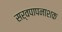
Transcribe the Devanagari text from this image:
सर्वपापनाशक